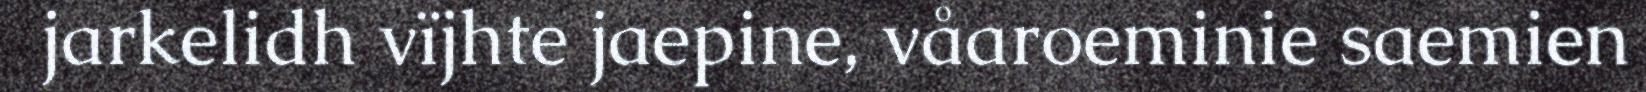
jarkelidh vïjhte jaepine, våaroeminie saemien